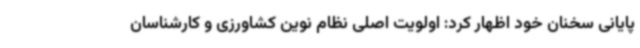
پایانی سخنان خود اظهار کرد: اولویت اصلی نظام نوین کشاورزی و کارشناسان